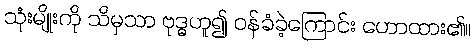
သုံးမျိုးကို သိမှသာ ဗုဒ္ဓဟူ၍ ဝန်ခံခဲ့ကြောင်း ဟောထား၏။